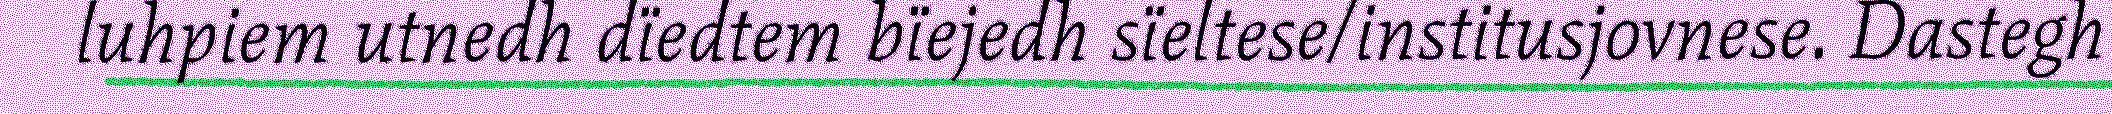
luhpiem utnedh dïedtem bïejedh sïeltese/institusjovnese. Dastegh